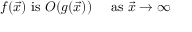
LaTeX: f ( { \vec { x } } ) { \mathrm { ~ i s ~ } } O ( g ( { \vec { x } } ) ) \quad { \mathrm { ~ a s ~ } } { \vec { x } } \to \infty